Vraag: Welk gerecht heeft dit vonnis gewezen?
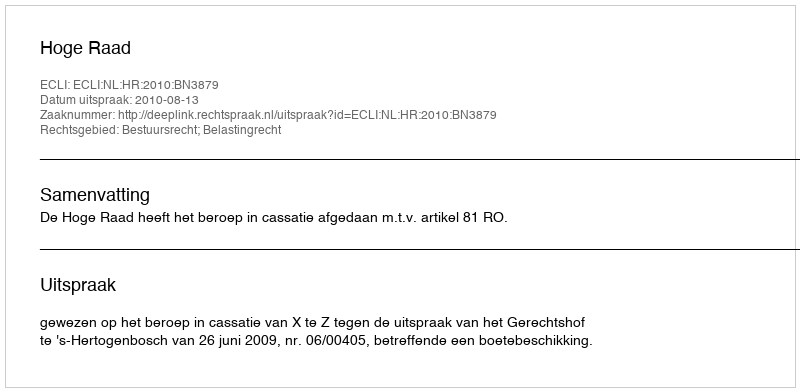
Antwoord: Hoge Raad